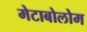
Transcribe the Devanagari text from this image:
मेटाबोलोम